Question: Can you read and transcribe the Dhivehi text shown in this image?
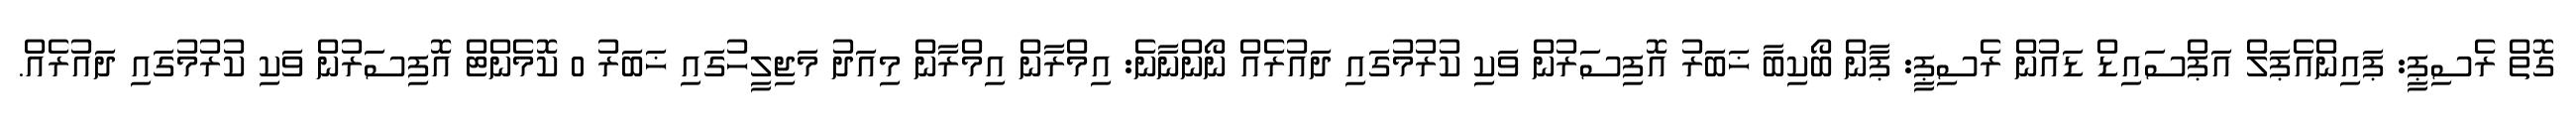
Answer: ގޮތް ރެސިޕީ: ޕައިންއެޕަލް އަޕްސައިޑް ޑައުން ރެސިޕީ: ޕާން ބޯކިބާ ޚަބަރު އޮފިސަރުން ވަކި ކުރުމުގައި ދައުރެއް ނޯންނާނެ: އިމްރާން އިމްރާން މިއަދު މަޖިލީހުގައި ޚަބަރު 0 ކޮމެންޓް އޮފިސަރުން ވަކި ކުރުމުގައި ދައުރެއް.